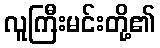
လူကြီးမင်းတို့၏